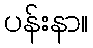
ပန်းနာ။